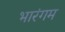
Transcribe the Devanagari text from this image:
भारंगम